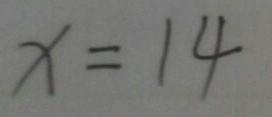
x = 1 4